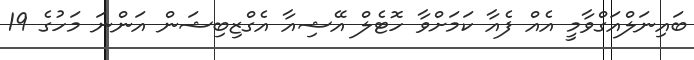
ބައިނަލްއަގްވާމީ އެއް ފެއާ ކަމަށްވާ ހޮޓެލް އޭޝިއާ އެގްޒިބިޝަން އަންނަ މަހުގެ 19